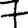
Digit: 7